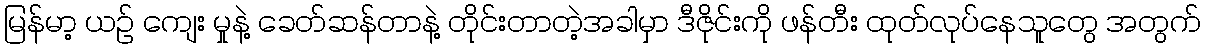
မြန်မာ့ ယဉ် ကျေး မှုနဲ့ ခေတ်ဆန်တာနဲ့ တိုင်းတာတဲ့အခါမှာ ဒီဇိုင်းကို ဖန်တီး ထုတ်လုပ်နေသူတွေ အတွက်